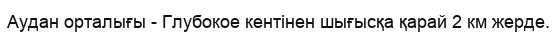
Аудан орталығы - Глубокое кентінен шығысқа қарай 2 км жерде.